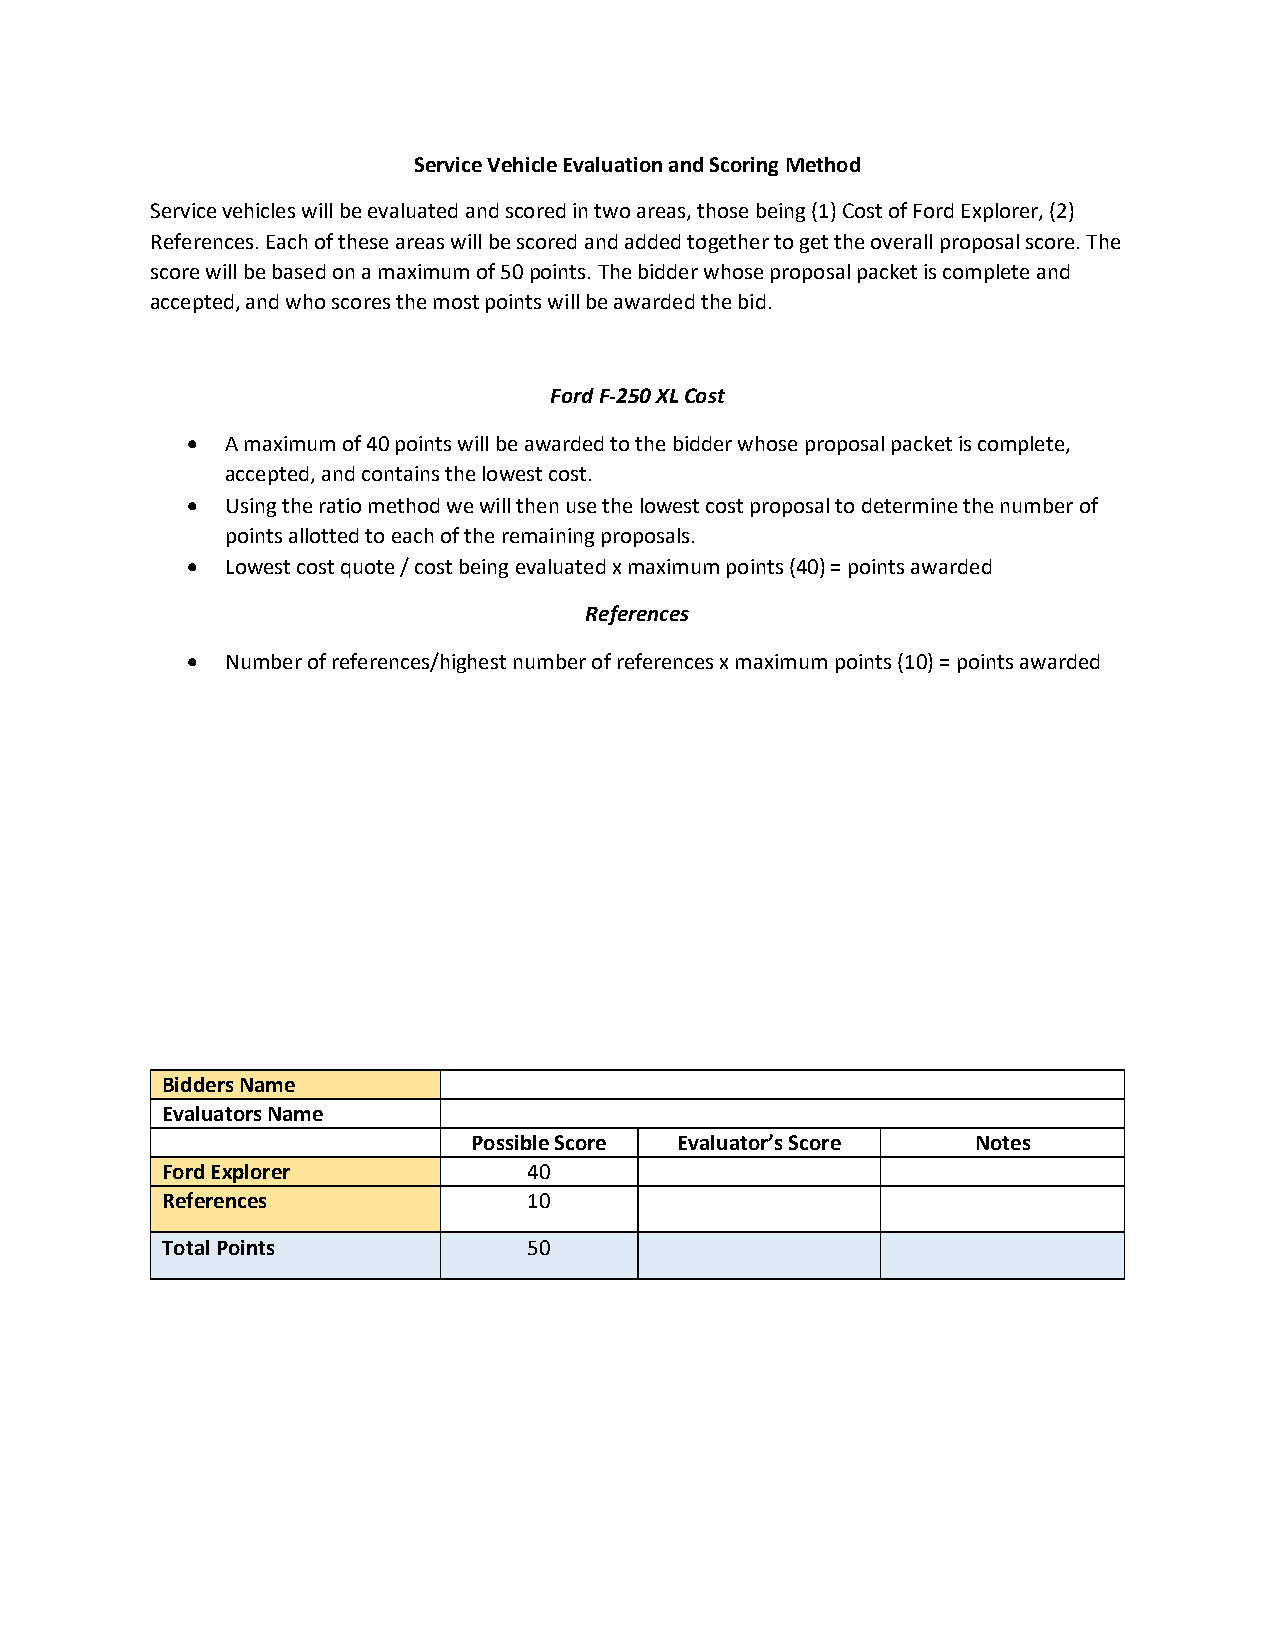
Service Vehicle Evaluation and Scoring Method
 Service vehicles will be evaluated and scored in two areas, those being (1) Cost of Ford Explorer, (2)
 References. Each of these areas will be scored and added together to get the overall proposal score. The
 score will be based on a maximum of 50 points. The bidder whose proposal packet is complete and
 accepted, and who scores the most points will be awarded the bid.
 Ford F-250 XL Cost
 •  A maximum of 40 points will be awarded to the bidder whose proposal packet is complete,
 accepted, and contains the lowest cost.
 •  Using the ratio method we will then use the lowest cost proposal to determine the number of
 points allotted to each of the remaining proposals.
 •  Lowest cost quote / cost being evaluated x maximum points (40) = points awarded
 References
 •  Number of references/highest number of references x maximum points (10) = points awarded
 Bidders Name
 Evaluators Name
 Possible Score Evaluator’s Score  Notes
 Ford Explorer           40
 References              10
 Total Points            50